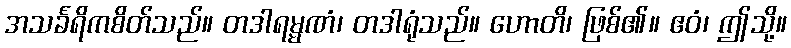
အသင်္ခရိကစိတ်သည်။ တဒါရမ္မဏံ၊ တဒါရုံသည်။ ဟောတိ၊ ဖြစ်၏။ ဧဝံ၊ ဤသို့။